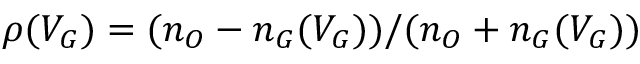
\rho ( V _ { G } ) = ( n _ { O } - n _ { G } ( V _ { G } ) ) / ( n _ { O } + n _ { G } ( V _ { G } ) )